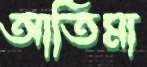
আতিমা